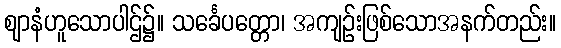
ဈာနံဟူသောပါဌ်၌။ သင်္ခေပတ္တော၊ အကျဉ်းဖြစ်သောအနက်တည်း။